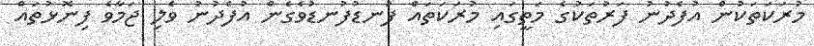
މުރަކަތަކުން އުފެދުނު ފަރުތަކުގެ މަތީގައި މުރަކަތައް ފުނޑުފުނޑުވެގެން އުފެދުނު ވެލި ޖަމާވެ ފިނޮޅުތައް